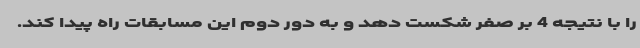
را با نتیجه 4 بر صفر شکست دهد و به دور دوم این مسابقات راه پیدا کند.